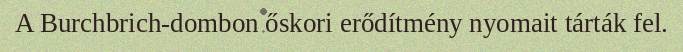
A Burchbrich-dombon őskori erődítmény nyomait tárták fel.